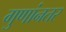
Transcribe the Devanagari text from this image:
गुणांनतर